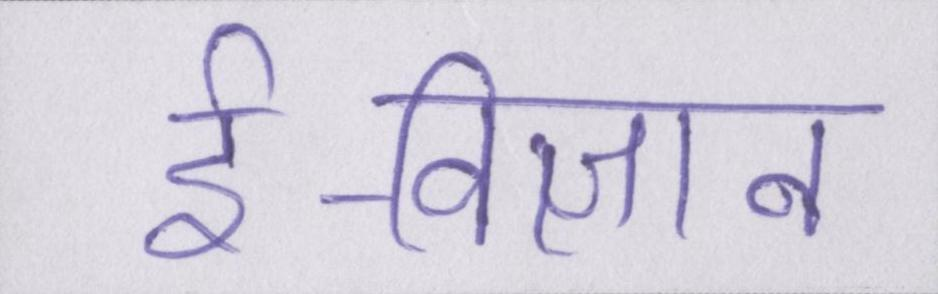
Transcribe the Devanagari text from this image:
ई-विज्ञान